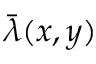
\Bar { \lambda } ( x , y )